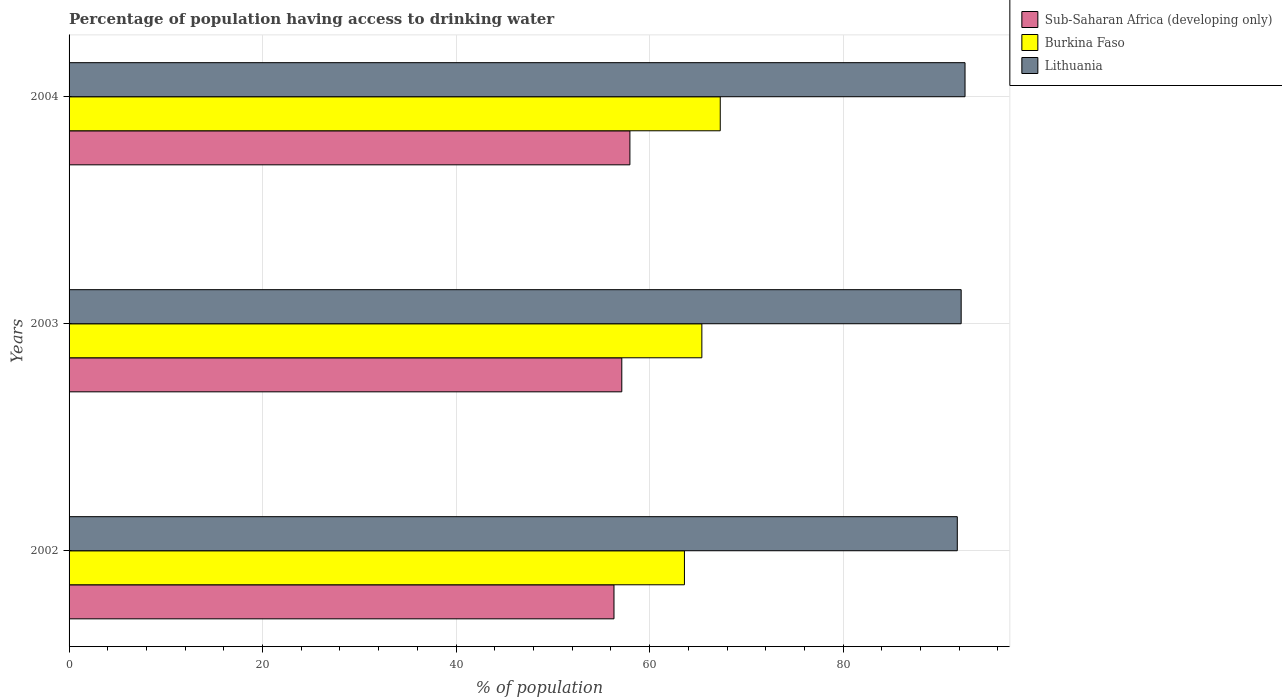
| Years | Sub-Saharan Africa (developing only) | Burkina Faso | Lithuania |
 | --- | --- | --- | --- |
 | 2002 | 56.3 | 63.6 | 91.8 |
 | 2003 | 57.1 | 65.4 | 92.2 |
 | 2004 | 58 | 67.3 | 92.6 |